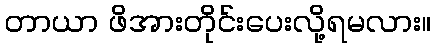
တာယာ ဖိအားတိုင်းပေးလို့ရမလား။